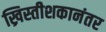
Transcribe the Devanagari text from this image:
ख्रिस्तीशकानंतर